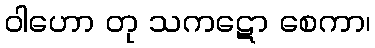
ဝါဟော တု သကဋော စေကာ၊